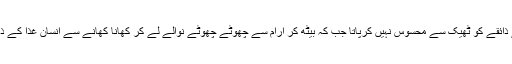
ماہرین نے کہا کہ کھڑے ہوکر کھانے سے انسان کا نظام ہاضمہ متاثر ہوتا ہے اور وہ انسان غذا کے ذائقے کو ٹھیک سے محسوس نہیں کرپاتا جب کہ بیٹھ کر آرام سے چھوٹے چھوٹے نوالے لے کر کھانا کھانے سے انسان غذا کے ذائقے کا بھرپور لطف لیتا ہے اور ساتھ ہی یہ عمل غذا کو جلد ہضم کرنے میں بھی مدد فراہم کرتا ہے۔